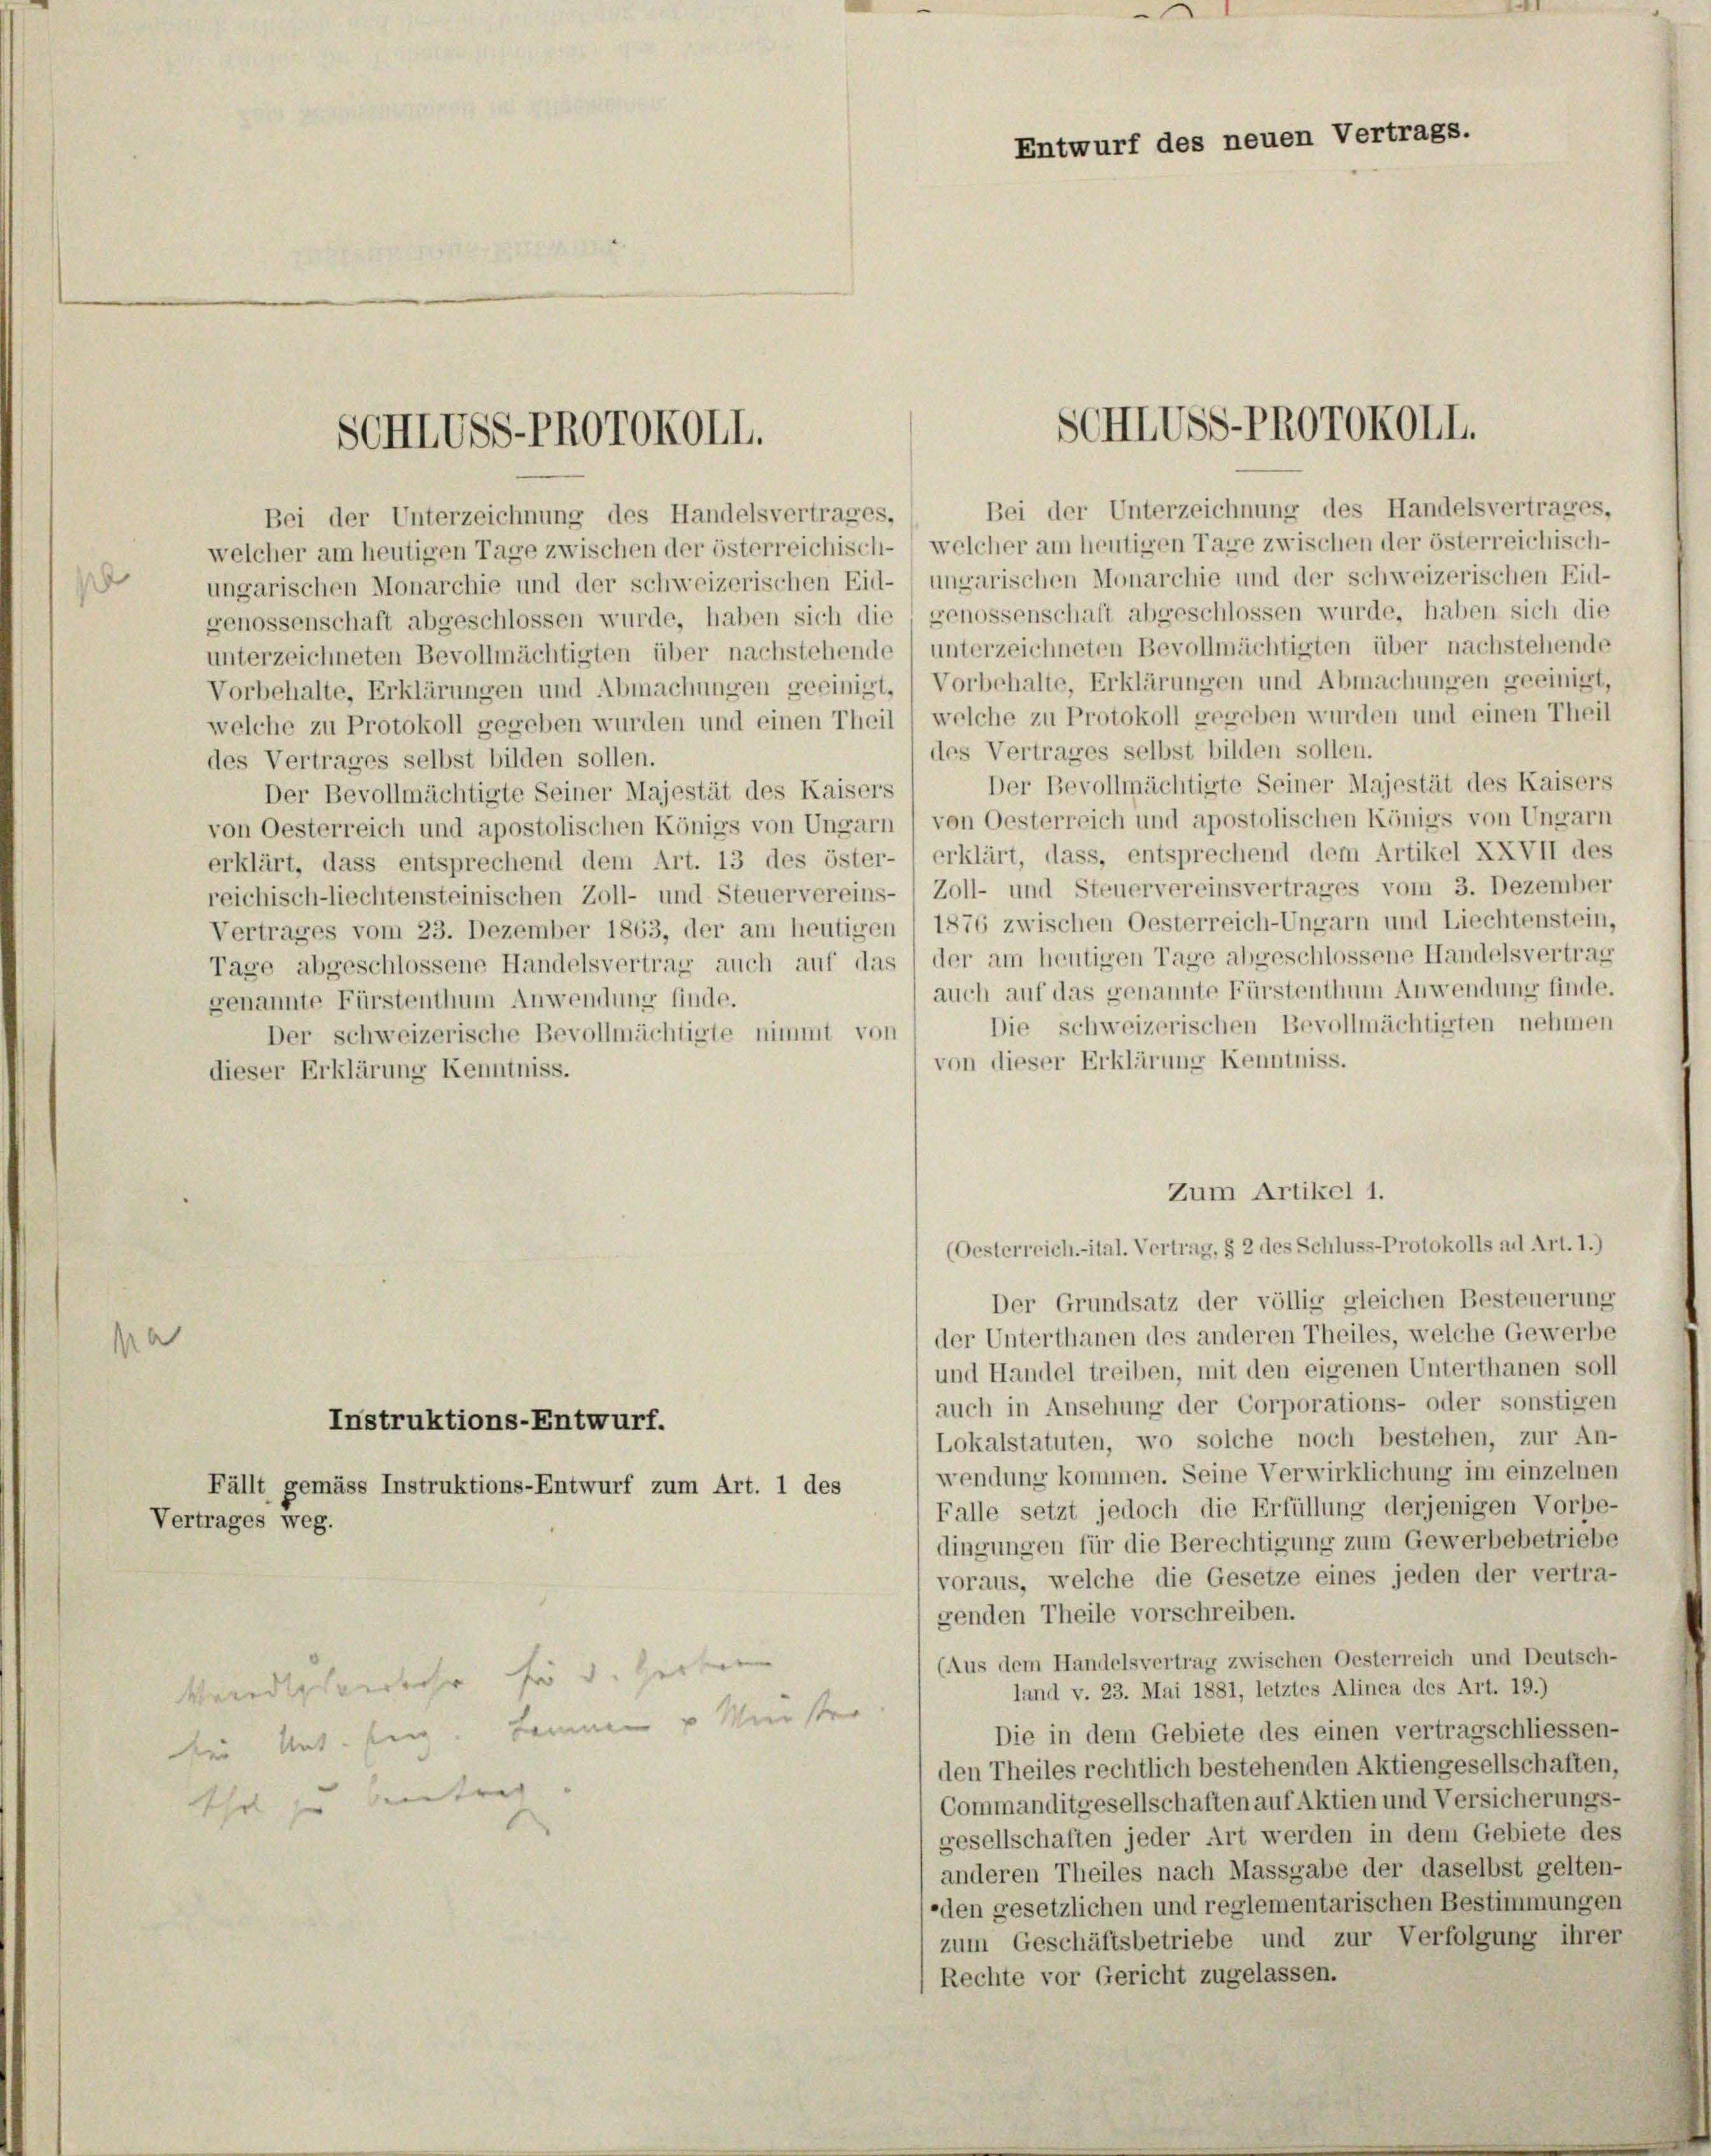
d

M.

b

SCHIVSS-PROTOKOII.

Bei der Unterzeichnung des Handelsvertrages,
Bei der Unterzeichnung des Handelsvertrages,
welcher am heutigen Tage zwischen der österreichisch- welcher am heutigen Tage zwischen der österreichisch-
ungarischen Monarchie und der schweizerischen Eid- ungarischen Monarchie und der schweizerischen Eid-
genossenschaft abgeschlossen wurde, haben sich die genossenschaft abgeschlossen wurde, haben sich die
unterzeichneten Bevollmächtigten über nachstehende 1 unterzeichneten Bevollmächtigten über nachstehende
Vorbehalte, Erklärungen und Abmachungen geeinigt. / Vorbehalte, Erklärungen und Abmachungen geeinigt,
welche zu Protokoll gegeben wurden und einen Theil, welche zu Protokoll gegeben wurden und einen Theil
(des Vertrages selbst bilden sollen.
des Vertrages selbst bilden sollen.
Der Bevollmächtigte Seiner Majestät des Kaisers
Der Bevollmächtigte Seiner Majestät des Kaisers
von Oesterreich und apostolischen Königs von Ungarn / von Oesterreich und apostolischen Königs von Ungarn
erklärt, dass entsprechend dem Art. 13 des öster- erklärt, dass, entsprechend dem Artikel XXVII des
reichisch-liechtensteinischen Zoll- und Steuervereins- 1 Zoll- und Steuervereinsvertrages vom 3. Dezember
Vertrages vom 23. Dezember 1863, der am heutigen I 1876 zwischen Oesterreich-Ungarn und Liechtenstein,
Tage abgeschlossene Handelsvertrag auch auf das der am heutigen Tage abgeschlossene Handelsvertrag
auch auf das genannte Fürstenthum Anwendung finde.
genannte Fürstenthum Anwendung finde.
Die schweizerischen Bevollmächtigten nehmen
Der schweizerische Bevollmächtigte nimmt von
von dieser Erklärung Kenntniss.
dieser Erklärung Kenntniss.
(Oesterreich.-ital. Vertrag, § 2 des Schluss-Protokolls ad Art. 1.)
Der Grundsatz der völlig gleichen Besteuerung
der Unterthanen des anderen Theiles, welche Gewerbe
und Handel treiben, mit den eigenen Unterthanen soll
auch in Ansehung der Corporations- oder sonstigen
Instruktions-Entwurf.
Lokalstatuten, wo solche noch bestehen, zur An-
wendung kommen. Seine Verwirklichung im einzelnen
Fällt gemäss Instruktions-Entwurf zum Art. 1 des
Falle setzt jedoch die Erfüllung derjenigen Vorbe-
Vertrages weg.
dingungen für die Berechtigung zum Gewerbebetriebe
voraus, welche die Gesetze eines jeden der vertra-
genden Theile vorschreiben.
(Aus dem Handelsvertrag zwischen Oesterreich und Deutsch-
Venedieserkehr für d. Herte
land v. 23. Mai 1881, letztes Alinea des Art. 19.)
zur Ant. Ing. Formen v Minister
Die in dem Gebiete des einen vertragschliessen-
den Theiles rechtlich bestehenden Aktiengesellschaften,
Thol zu beantrag.
Commanditgesellschaften auf Aktien und Versicherungs-
gesellschaften jeder Art werden in dem Gebiete des
anderen Theiles nach Massgabe der daselbst gelten-
-den gesetzlichen und reglementarischen Bestimmungen
zum Geschäftsbetriebe und zur Verfolgung ihrer
Rechte vor Gericht zugelassen.

Entwurf des neuen Vertrags.

SCHIVSS-PROTOKOII.

Zum Artikel 1.